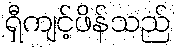
ရှီကျင့်ဖိန်သည်